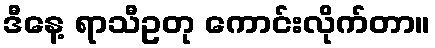
ဒီနေ့ ရာသီဥတု ကောင်းလိုက်တာ။